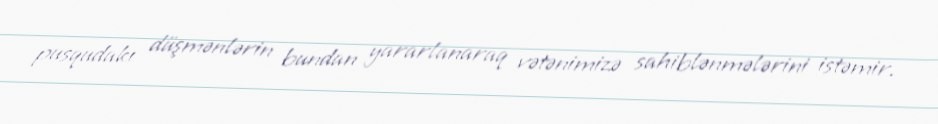
pusqudakı düşmənlərin bundan yararlanaraq vətənimizə sahiblənmələrini istəmir.